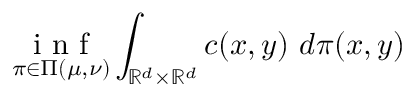
\underset { \pi \in \Pi ( \mu , \nu ) } { \mathrm { ~ i ~ n ~ f ~ } } \int _ { \mathbb { R } ^ { d } \times \mathbb { R } ^ { d } } c ( x , y ) \ d \pi ( x , y )